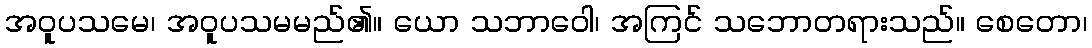
အဝူပသမေ၊ အဝူပသမမည်၏။ ယော သဘာဝေါ၊ အကြင် သဘောတရားသည်။ စေတော၊